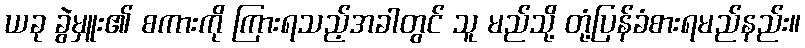
ယခု ခွဲမှူး၏ စကားကို ကြားရသည့်အခါတွင် သူ မည်သို့ တုံ့ပြန်ခံစားရမည်နည်း။